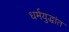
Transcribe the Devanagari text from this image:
धर्मयुद्धांत